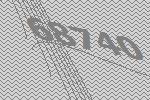
68740